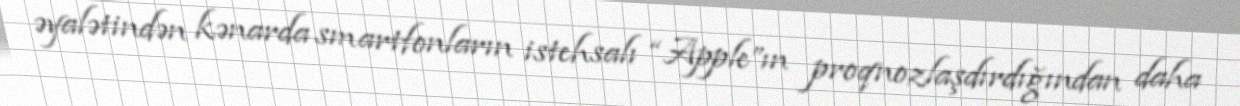
əyalətindən kənarda smartfonların istehsalı “Apple”ın proqnozlaşdırdığından daha